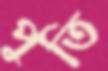
পুতি